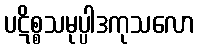
ပဋိစ္စသမုပ္ပါဒကုသလော